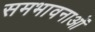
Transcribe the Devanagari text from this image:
समभावनाओं